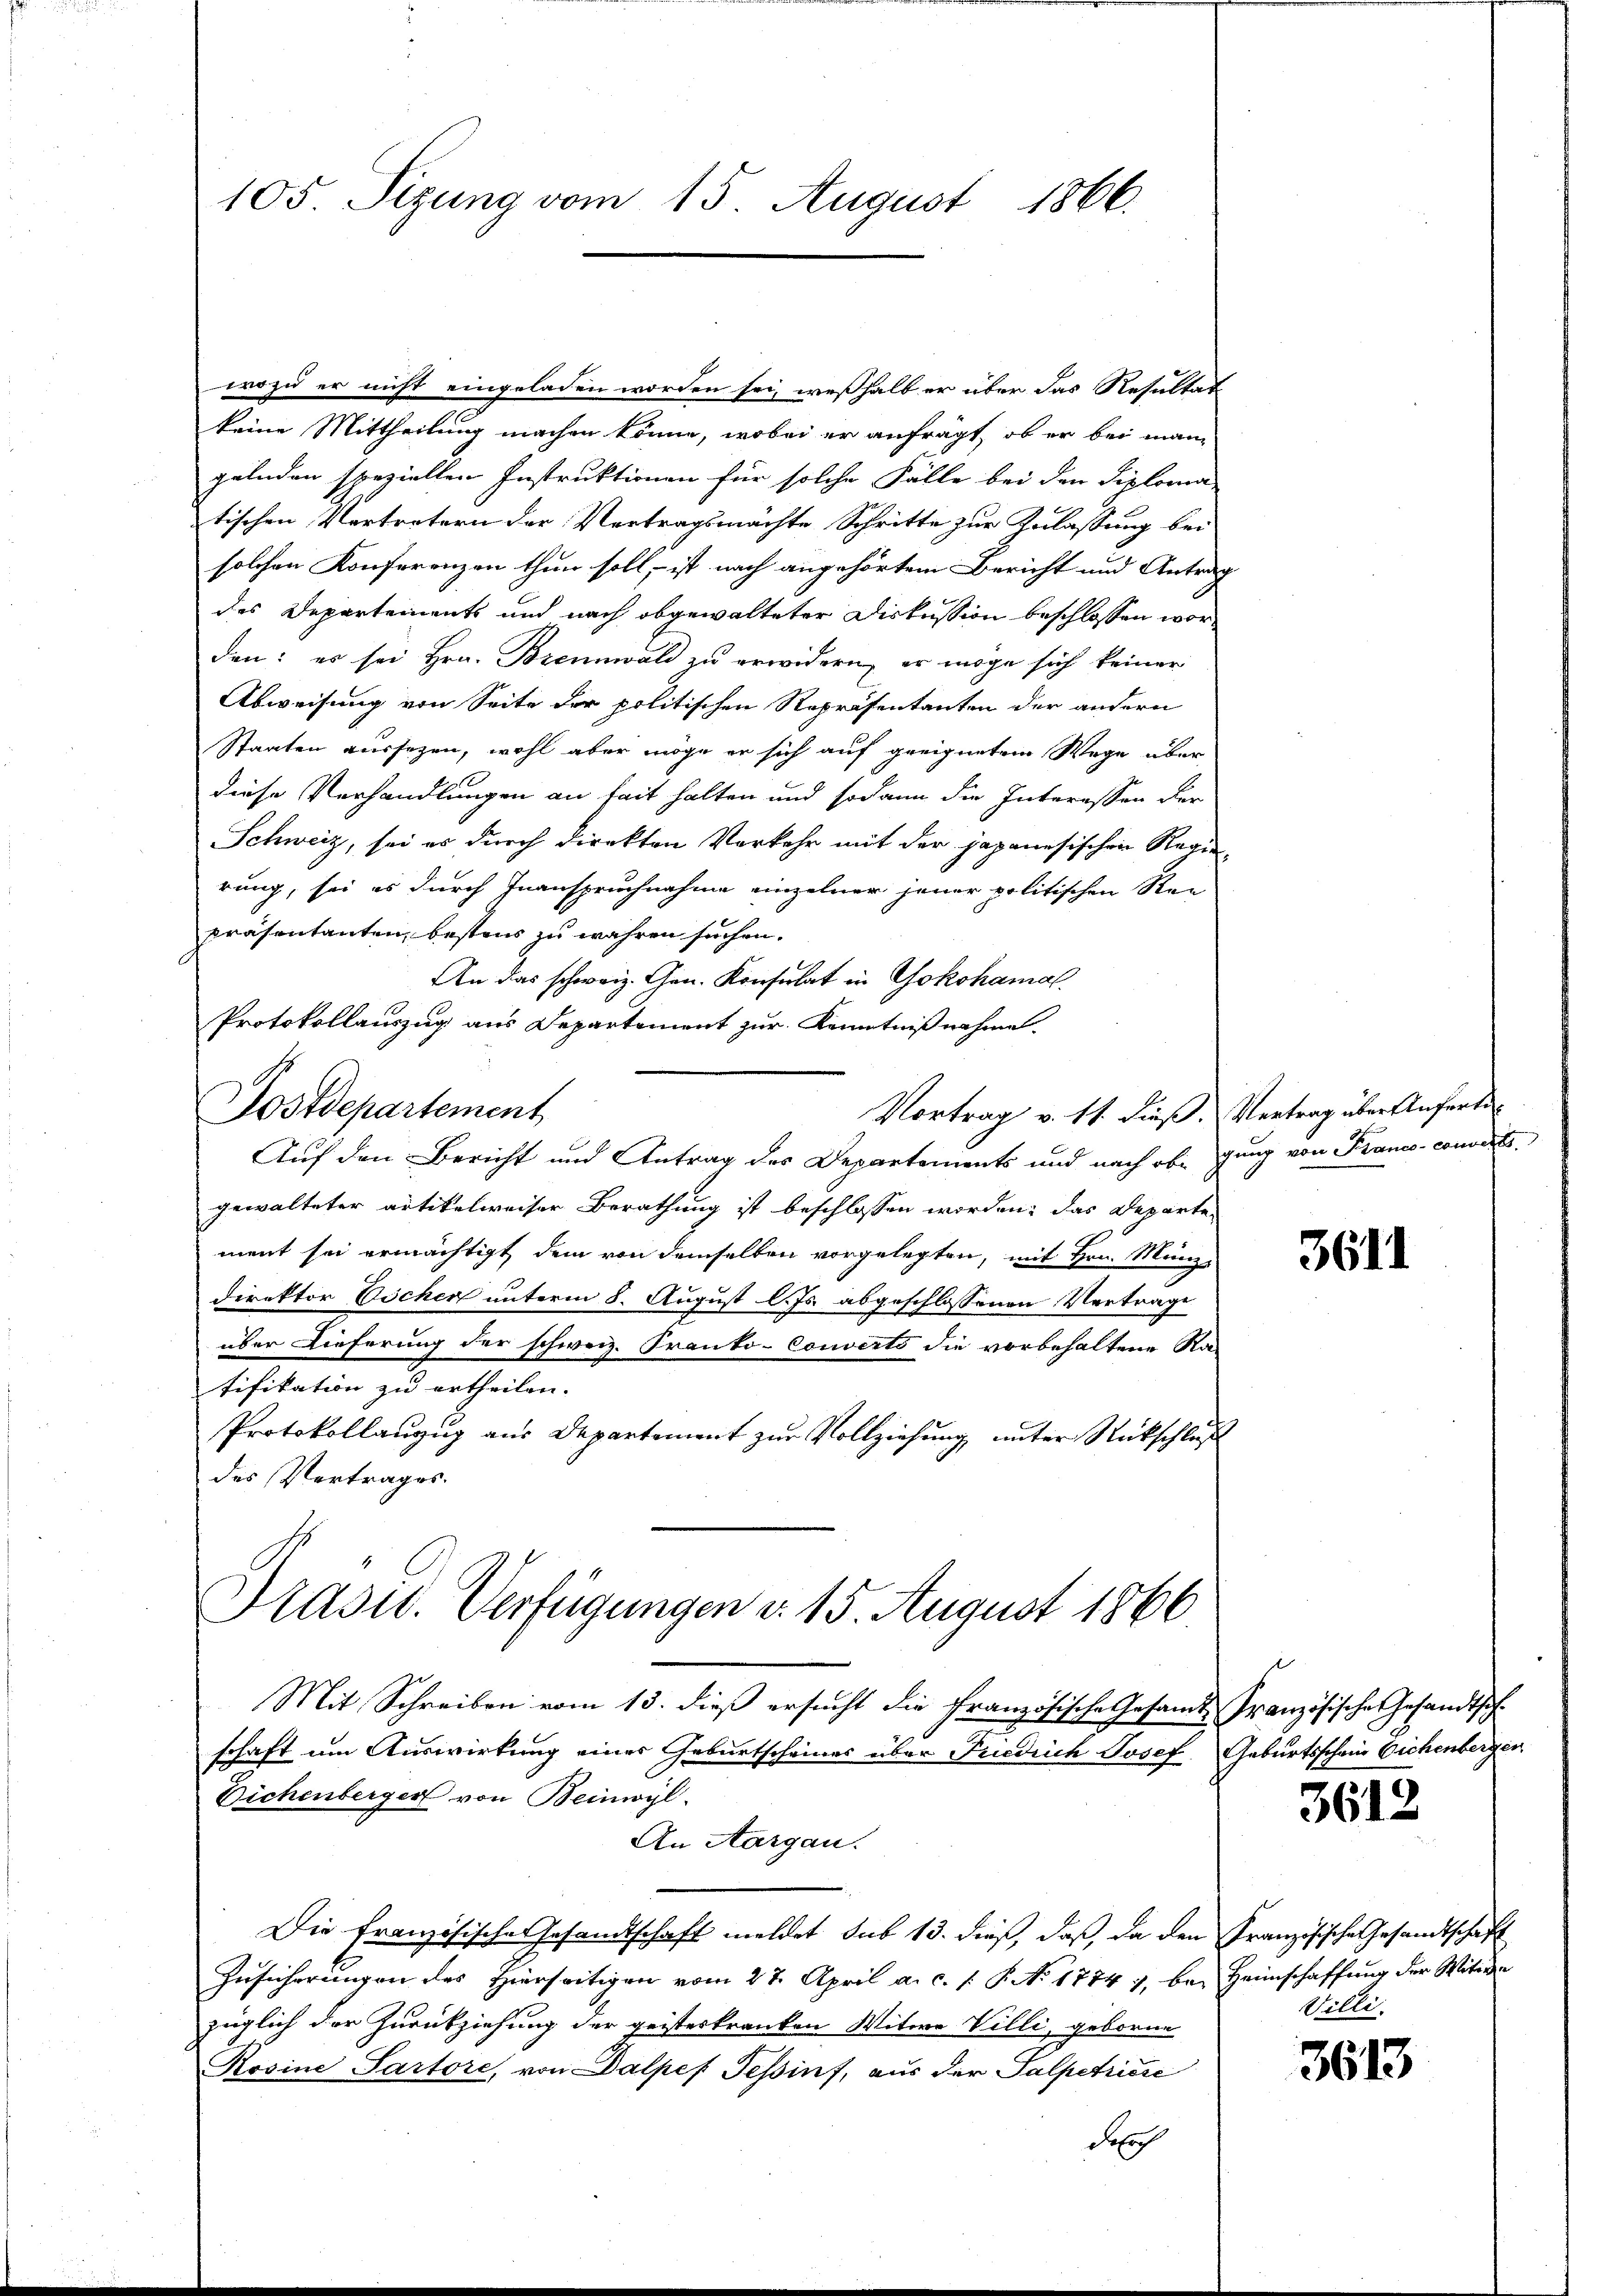
105 Sizung vom 15. August 1866.

wozu er nicht eingeladen worden sei, weßhalb er über das Resultat
keine Mittheilung machen könne, wobei er anfrägt, ob er bei mann
gelnden speziellen Instruktionen für solche Fälle bei den Siploma
tischen Vertretern der Vertragsmächte Schritte zur Zulassung bei
solchen Konferenzen thun soll, ist nach angehörtem Bericht und Antrag
des Departements und nach abgewalteter Diskussion beschlossen worden: es sei Hrn. Brennwald zu erwidern, er möge sich keiner
Abweisung von Seite der politischen Repräsentanten der andern
Staaten aussagen, wohl aber möge er sich auf geeignetem Wege über
diese Verhandlungen an seit halten und sodann die Interessen der
Schweiz, sei es durch direkten Verkehr mit der japanesischen Regie-
rung, sei es durch Inanspruchnahme einzelner jener politischen Rei
präsentanten, bestens zu wahren suchen.
An das schweiz. Gen. Konsulat in Yokohamal
Protokollauszug aus Departement zur Kenntnißnahme.
Postdepartement
Vortrag v. 11. dieß.
Auf den Bericht und Antrag des Departements und nach obigung von Kranco-converte
gewalteter artikelweiser Berathung ist beschlossen worden, das Departement sei ermächtigt, dem von demselben vorgelegten, mit Hrn. Münz-
direktor Döcher unterm 8. August l. Js. abgeschlossenen Vertrage
über Lieferung der schweiz. Franko-Couverts die vorbehaltene Rat
tifikation zu ertheilen.
Protokollanzug aus Departement zur Vollziehung unter Rückschluß
des Vertrages.
Präsid. Verfügungen d. 15. August 1866

Mit Schreiben vom 13. dieß ersucht die Französische Gesandt-
schaft um Auswirkung eines Geburtscheines über Friedrich Josef Geburtsschein Eichenberger
Eichenberger von Beinwyl
An Aargau.
Die Französische Gesandtschaft meldet sub 13. dieß, daß, da den Französische Gesandtschaft
Zusicherungen des Hierseitigen vom 27. April a. c. s. S. No 1774 7, bei Heimschaffung der Witwe
züglich der Zurückziehung der geisteskranken Witwe Villi, geborne
Rosine Partore, von Dalpes Teßinf, aus der Salpetriese
derch

Vertrag über Anferti¬

3611

Französische Gesandtsch

3612

Villi

3613